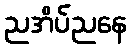
ညအိပ်ညနေ